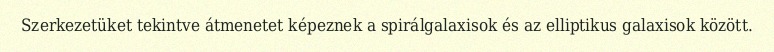
Szerkezetüket tekintve átmenetet képeznek a spirálgalaxisok és az elliptikus galaxisok között.